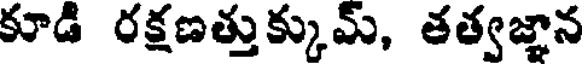
కూడి రక్షణత్తుక్కుమ్, తత్వజ్ఞాన